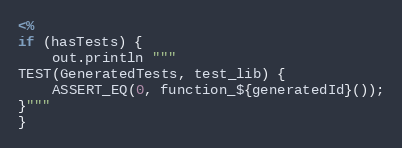
Language: C++
<%
if (hasTests) {
    out.println """
TEST(GeneratedTests, test_lib) {
    ASSERT_EQ(0, function_${generatedId}());
}"""
}